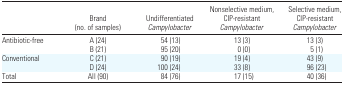
<table><thead><tr><td></td><td><b>Brand (no. of samples)</b></td><td><b>Undifferentiated <i>Campylobacter</i></b></td><td><b>Nonselective medium, CIP-resistant <i>Campylobacter</i></b></td><td><b>Selective medium, CIP-resistant <i>Campylobacter</i></b></td></tr></thead><tbody><tr><td>Antibiotic-free</td><td>A (24)</td><td>54 (13)</td><td>13 (3)</td><td>13 (3)</td></tr><tr><td></td><td>B (21)</td><td>95 (20)</td><td>0 (0)</td><td>5 (1)</td></tr><tr><td>Conventional</td><td>C (21)</td><td>90 (19)</td><td>19 (4)</td><td>43 (9)</td></tr><tr><td></td><td>D (24)</td><td>100 (24)</td><td>33 (8)</td><td>96 (23)</td></tr><tr><td>Total</td><td>All (90)</td><td>84 (76)</td><td>17 (15)</td><td>40 (36)</td></tr></tbody></table>